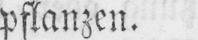
pflanzen.